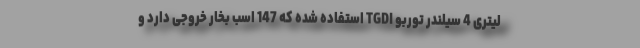
لیتری 4 سیلندر توربو TGDI استفاده شده که 147 اسب بخار خروجی دارد و